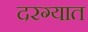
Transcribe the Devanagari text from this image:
दरग्यात